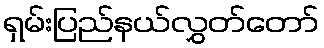
ရှမ်းပြည်နယ်လွှတ်တော်